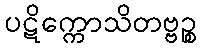
ပဋိက္ကောသိတဗ္ဗဉ္စ